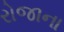
રોજાના